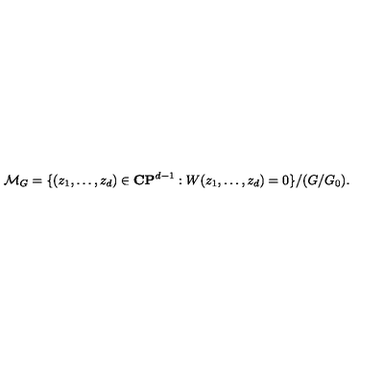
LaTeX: { \cal M } _ { G } = \{ ( z _ { 1 } , \ldots , z _ { d } ) \in { \bf C P } ^ { d - 1 } : W ( z _ { 1 } , \ldots , z _ { d } ) = 0 \} / ( G / G _ { 0 } ) .